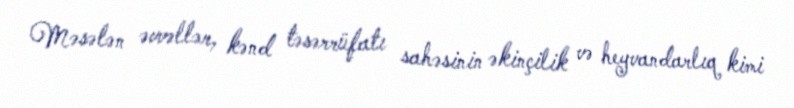
Məsələn əvvəllər, kənd təsərrüfatı sahəsinin əkinçilik və heyvandarlıq kimi